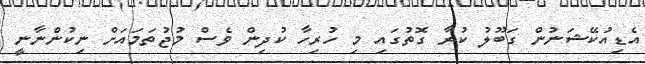
އެޑިއުކޭޝަނުން ގަބޫލު ކުރާ ގޮތުގައި މި ހުރިހާ ކުދިން ވެސް މުޖުތަމައަށް ނިކުންނާނީ